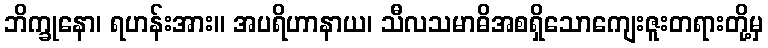
ဘိက္ခုနော၊ ရဟန်းအား။ အပရိဟာနာယ၊ သီလသမာဓိအစရှိသောကျေးဇူးတရားတို့မှ